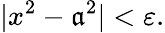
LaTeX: |x^{2}-\mathfrak{a}^{2}|<\varepsilon.